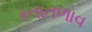
રતાતળાવ